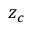
z _ { c }